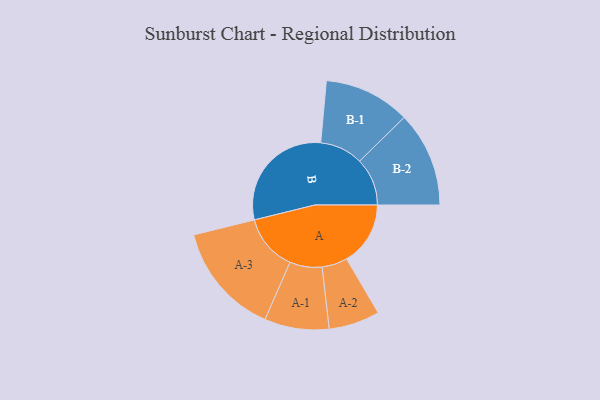
{"axis": {"x": "Segment", "y": "Value"}, "legend": ["", "A", "B"], "data": [{"x": "A", "y": 265, "type": ""}, {"x": "B", "y": 485, "type": ""}, {"x": "A-1", "y": 134, "type": "A"}, {"x": "A-2", "y": 106, "type": "A"}, {"x": "A-3", "y": 234, "type": "A"}, {"x": "B-1", "y": 179, "type": "B"}, {"x": "B-2", "y": 198, "type": "B"}]}